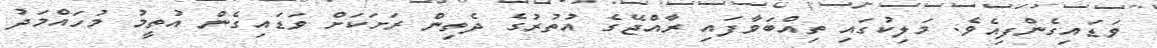
ވަޑައިގެންފިއެވެ. މަލިކުގައި ތިއްބަވާފައި ރާއްޖޭގެ އުތުރުގެ ދެތިން ރަށަކަށް ވަޑައިގެން އުތީމު މުހައްމަދު